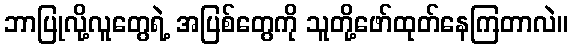
ဘာပြုလို့လူတွေရဲ့ အပြစ်တွေကို သူတို့ဖော်ထုတ်နေကြတာလဲ။